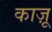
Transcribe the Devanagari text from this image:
काज़ू